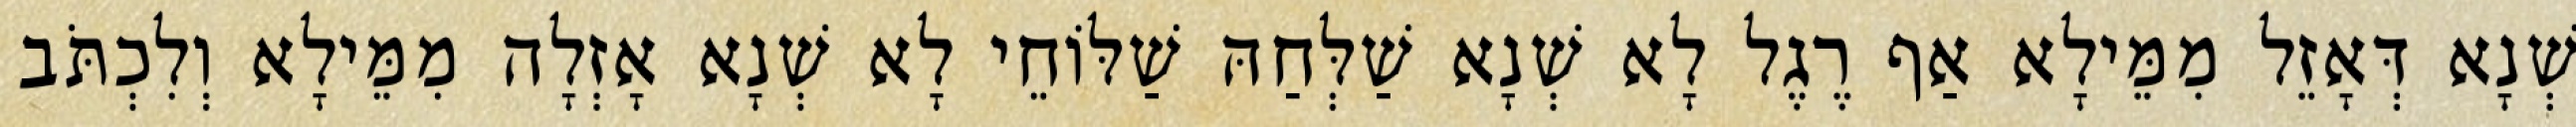
שְׁנָא דְּאָזֵל מִמֵּילָא אַף רֶגֶל לָא שְׁנָא שַׁלְּחַהּ שַׁלּוֹחֵי לָא שְׁנָא אָזְלָה מִמֵּילָא וְלִכְתֹּב